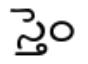
స్తెం